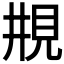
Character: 𠄺